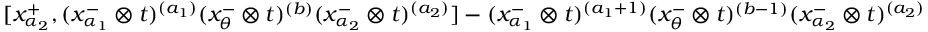
[ x _ { \alpha _ { 2 } } ^ { + } , ( x _ { \alpha _ { 1 } } ^ { - } \otimes t ) ^ { ( a _ { 1 } ) } ( x _ { \theta } ^ { - } \otimes t ) ^ { ( b ) } ( x _ { \alpha _ { 2 } } ^ { - } \otimes t ) ^ { ( a _ { 2 } ) } ] - ( x _ { \alpha _ { 1 } } ^ { - } \otimes t ) ^ { ( a _ { 1 } + 1 ) } ( x _ { \theta } ^ { - } \otimes t ) ^ { ( b - 1 ) } ( x _ { \alpha _ { 2 } } ^ { - } \otimes t ) ^ { ( a _ { 2 } ) }